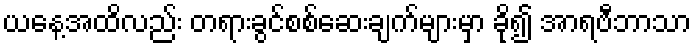
ယနေ့အထိလည်း တရားခွင်စစ်ဆေးချက်များမှာ ခို၍ အာရဗီဘာသာ